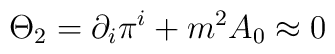
\Theta_2 = \partial_i\pi^i + m^2 A_0\approx 0